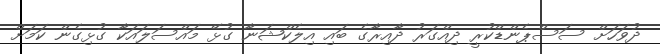
ދުވަހަށް ސަސްޕެންޑްކުރީ ދިއްގަރު ދާއިރާގެ ބައި އިލެކްޝަނާ ގުޅޭ މައްސަލައަކާ ގުޅިގެން ކަމަށް